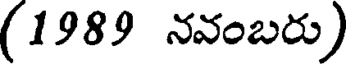
(1989 నవంబరు)